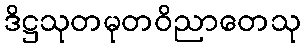
ဒိဋ္ဌသုတမုတဝိညာတေသု